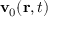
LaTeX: \mathbf { v } _ { 0 } ( \mathbf { r } , t )